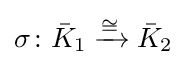
\sigma \colon {\bar {K}}_{1}\xrightarrow {\cong } {\bar {K}}_{2}